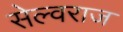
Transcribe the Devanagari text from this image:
सेल्वराज